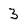
Character: 3